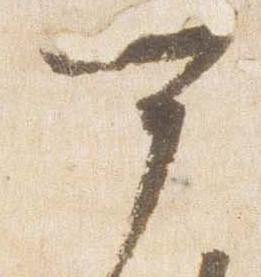
可